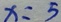
x = 5